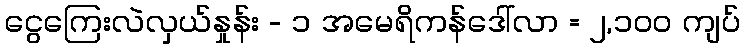
ငွေကြေးလဲလှယ်နှုန်း - ၁ အမေရိကန်ဒေါ်လာ = ၂,၁၀၀ ကျပ်